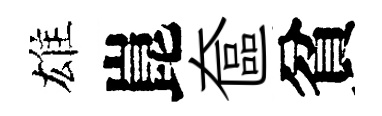
雄崑奩貧